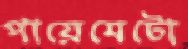
পায়েমেটো